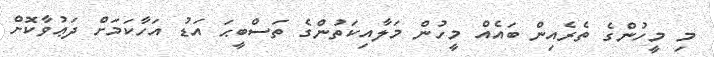
މި މީހުންގެ ތެރެއިން ބައެއް މީހުން މަލާއިކަތުންގެ ތަސްބީޙަ އަޑު އަހާކަމަށް ދަޢުވާކޮށް